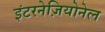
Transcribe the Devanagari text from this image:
इंटरनेज़ियोनेल